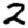
Digit: 2